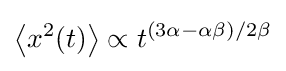
\left\langle x^{2}(t)\right\rangle \propto t^{(3\alpha -\alpha \beta )/2\beta }